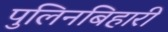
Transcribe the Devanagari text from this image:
पुलिनबिहारी